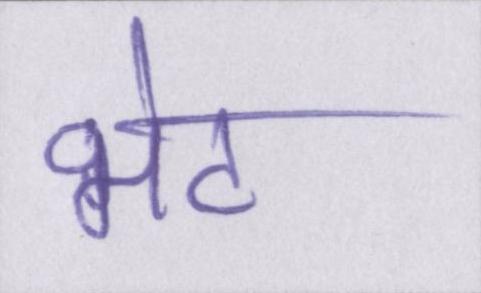
भेट